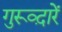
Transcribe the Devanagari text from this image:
गुरूव्‍द़ारें